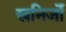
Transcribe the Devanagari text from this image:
खनिजोँ